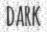
DARK